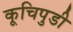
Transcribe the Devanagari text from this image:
कूचिपुडी